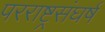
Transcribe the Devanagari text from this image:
परराष्ट्रसंघर्ष